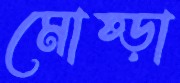
মোষ্‌ড়া